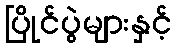
ပြိုင်ပွဲများနှင့်